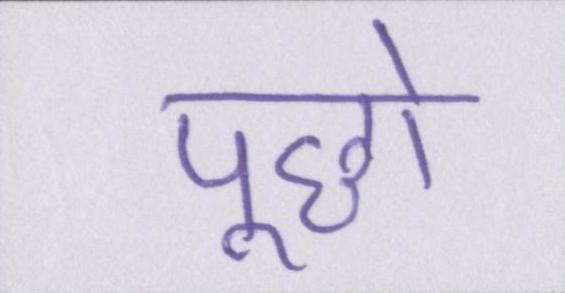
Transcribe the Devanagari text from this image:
पूछो